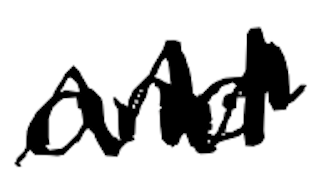
Text: and
Cross-out: zig-zag
Writing tool: digital_black